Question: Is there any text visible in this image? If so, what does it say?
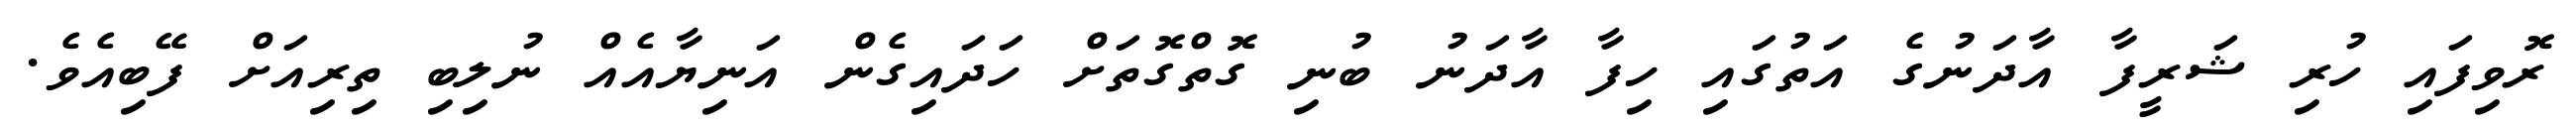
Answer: ރޮވިފައި ހުރި ޝަރީފާ އާދަނުގެ އަތުގައި ހިފާ އާދަނު ބުނި ގޮތްގޮތަށް ހަދައިގެން އަނިޔާއެއް ނުލިބި ތިރިއަށް ފޭބިއެވެ.